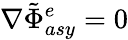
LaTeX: \nabla\tilde{\Phi}_{asy}^{e}=0